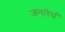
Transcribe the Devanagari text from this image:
जनतेचं